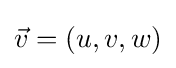
{\vec {v}}=(u,v,w)